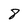
Character: 8